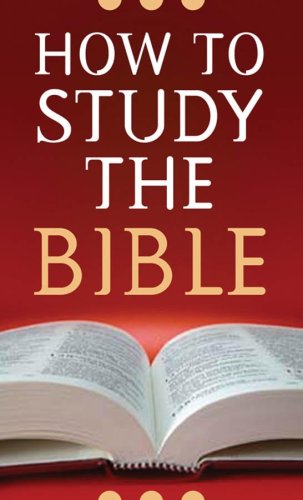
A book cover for How to Study the Bible; Robert M. West; Christian Books & Bibles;